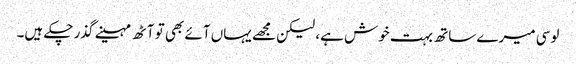
لوسی میرے ساتھ بہت خوش ہے، لیکن مجھے یہاں آئے بھی تو آٹھ مہینے گذر چکے ہیں۔